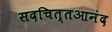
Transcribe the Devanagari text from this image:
सदचित्तआनंद